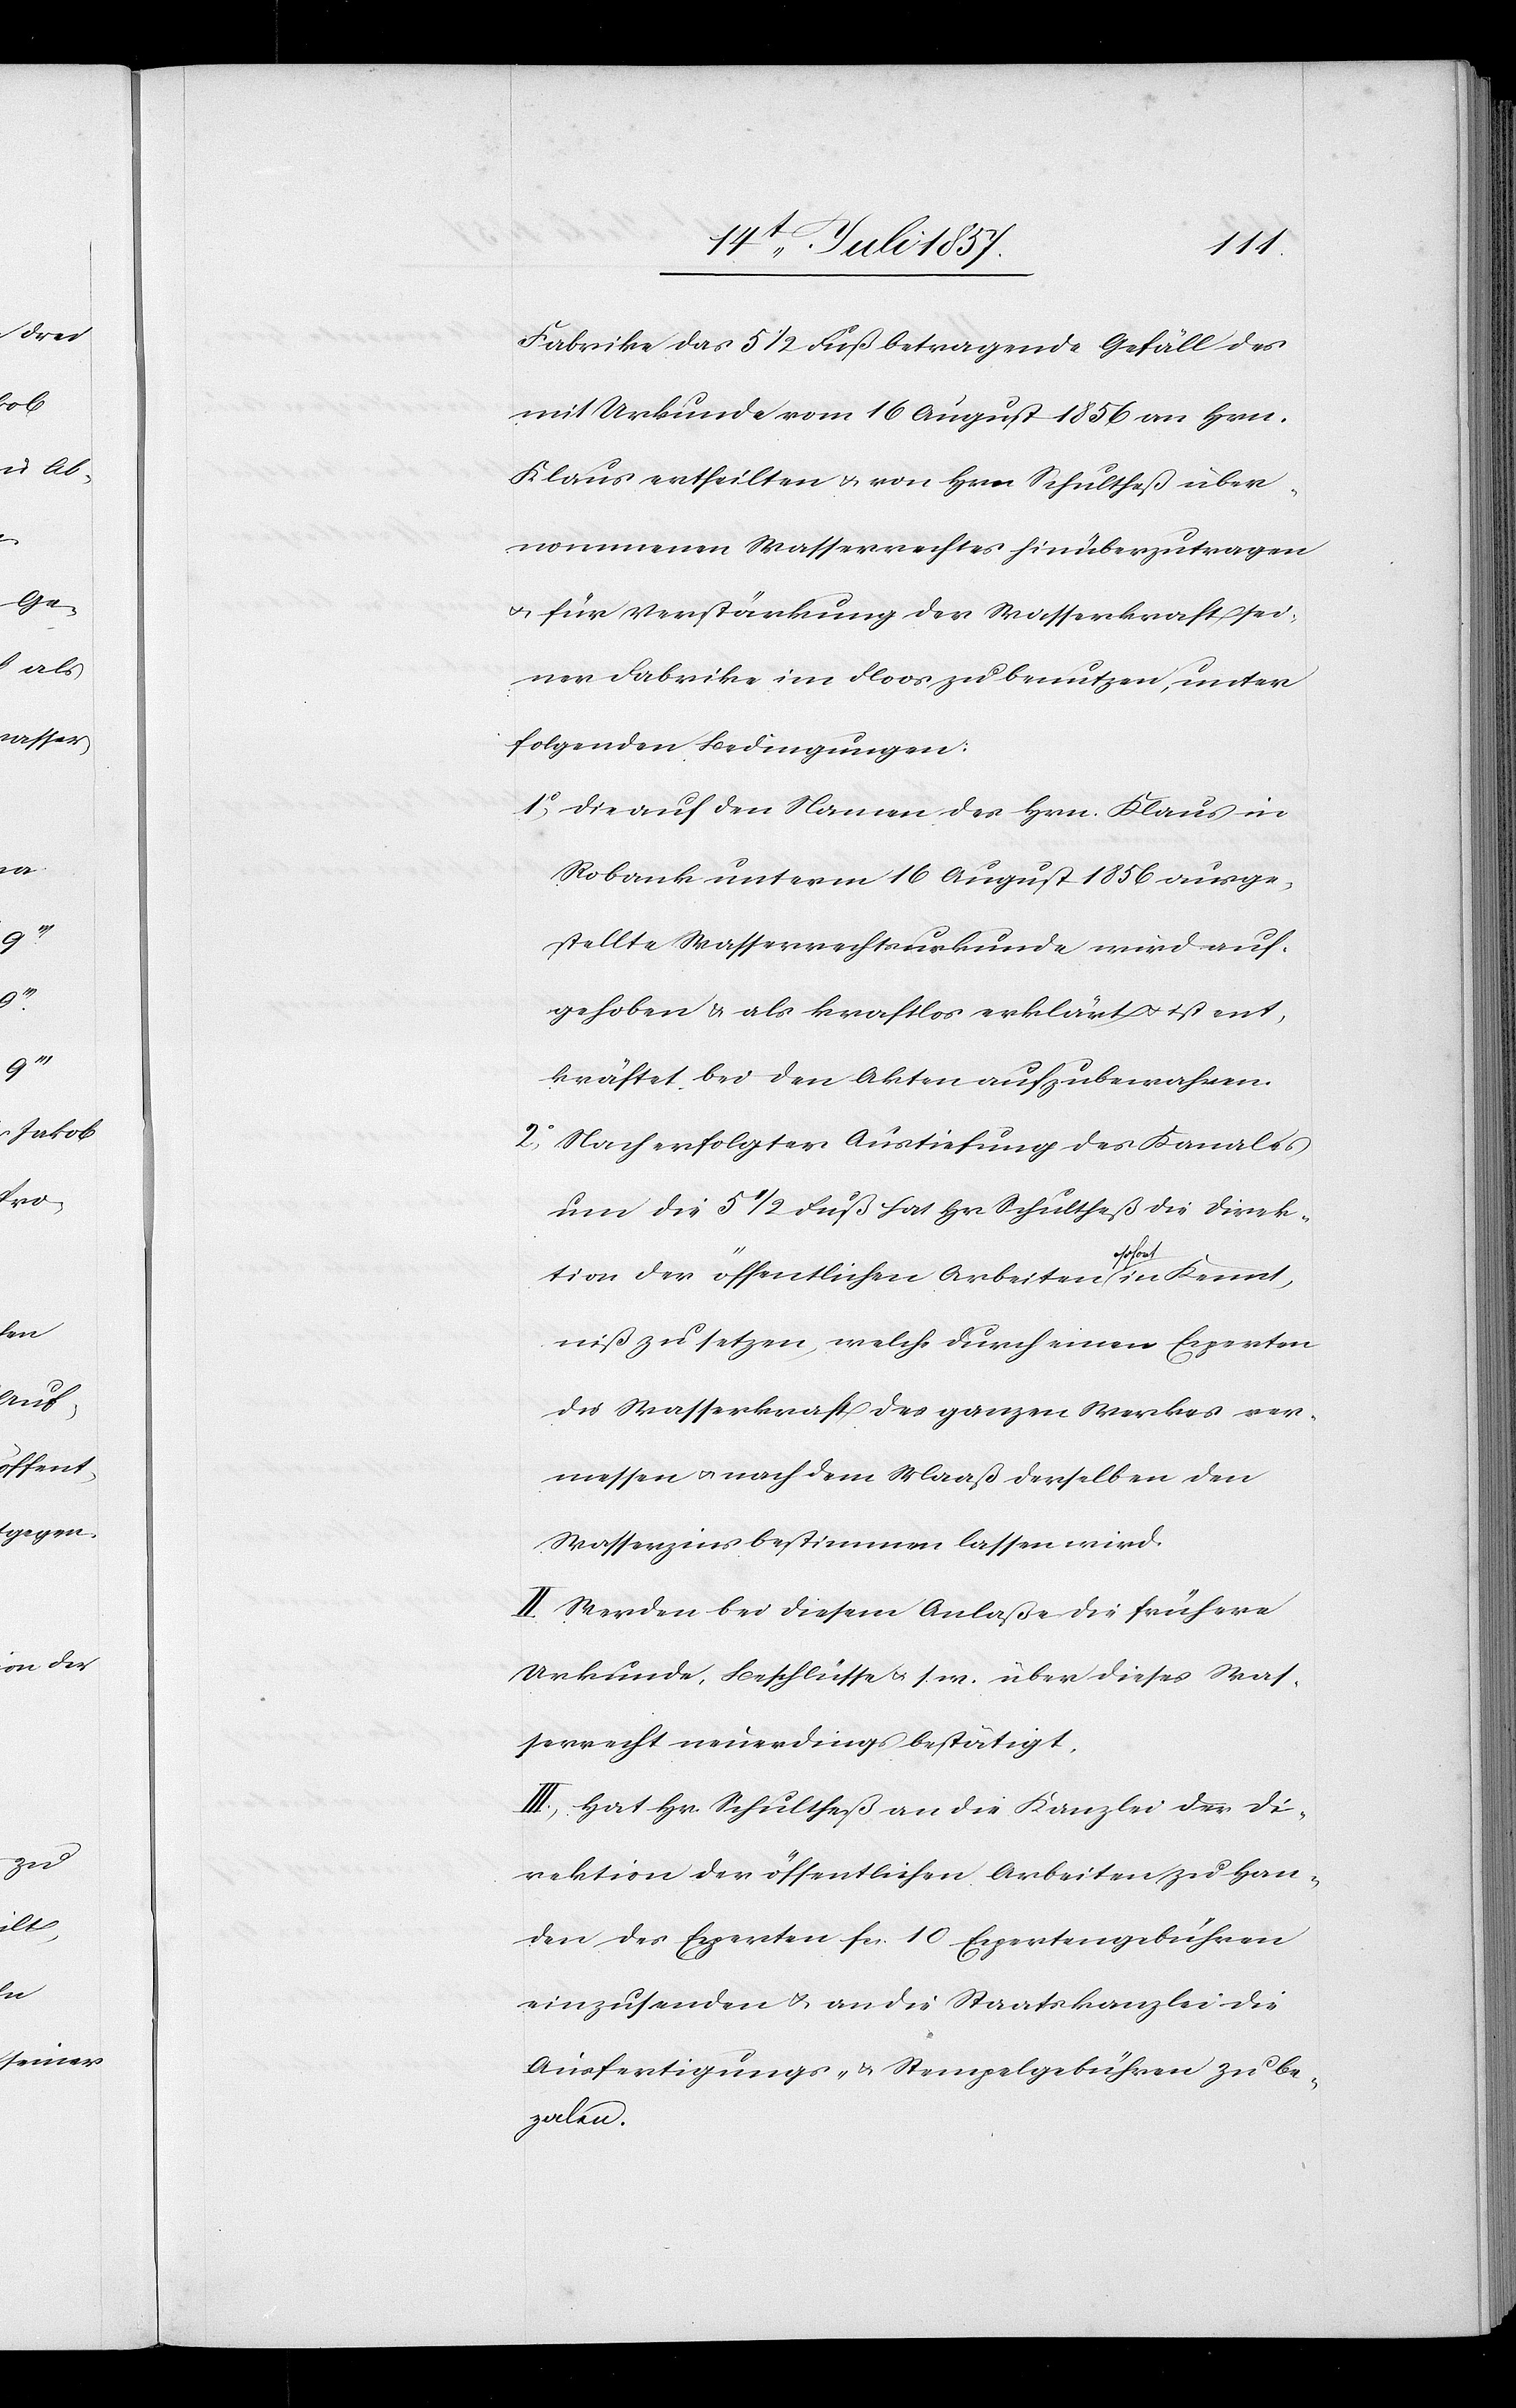
Fabrike das 5 1/2 Fuß betragende Gefäll des
mit Urkunde vom 16 August 1856 an Hrn.
Klaus ertheilten & von Hrn. Schultheß über¬
nommenen Wasserrechtes hinüberzutragen
& für Verstärkung der Wasserkraft sei¬
ner Fabrike im Floos zu benutzen, unter
folgenden Bedingungen:
1o, Die auf den Namen des Hrn. Klaus in
Robank unterm 16 August 1856 ausge¬
stellte Wasserrechtsurkunde wird auf¬
gehoben & als kraftlos erklärt & ist ent¬
kräftet bei den Akten aufzubewahren.
2o, Nach erfolgter Austiefung des Kanales
um die 5 1/2 Fuß hat Hr. Schultheß die Direk¬
tion der öffentlichen Arbeiten sofort in Kennt¬
niß zu setzen, welche durch einen Experten
die Wasserkraft des ganzen Werkes ver¬
messen & nach dem Maaß derselben den
Wasserzins bestimmen lassen wird.
II. Werden bei diesem Anlaße die frühere
Urkunde, Beschlüsse &. s. w. über dieses Was¬
serrecht neuerdings bestätigt.
III. Hat Hr. Schultheß an die Kanzlei der Di¬
rektion der öffentlichen Arbeiten zu Han¬
den des Experten fcs 10 Expertengebühren
einzusenden & an die Staatskanzlei die
Ausfertigungs- & Stempelgebühren zu be¬
zalen.